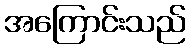
အကြောင်းသည်